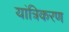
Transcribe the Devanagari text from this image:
यांत्रिकरण